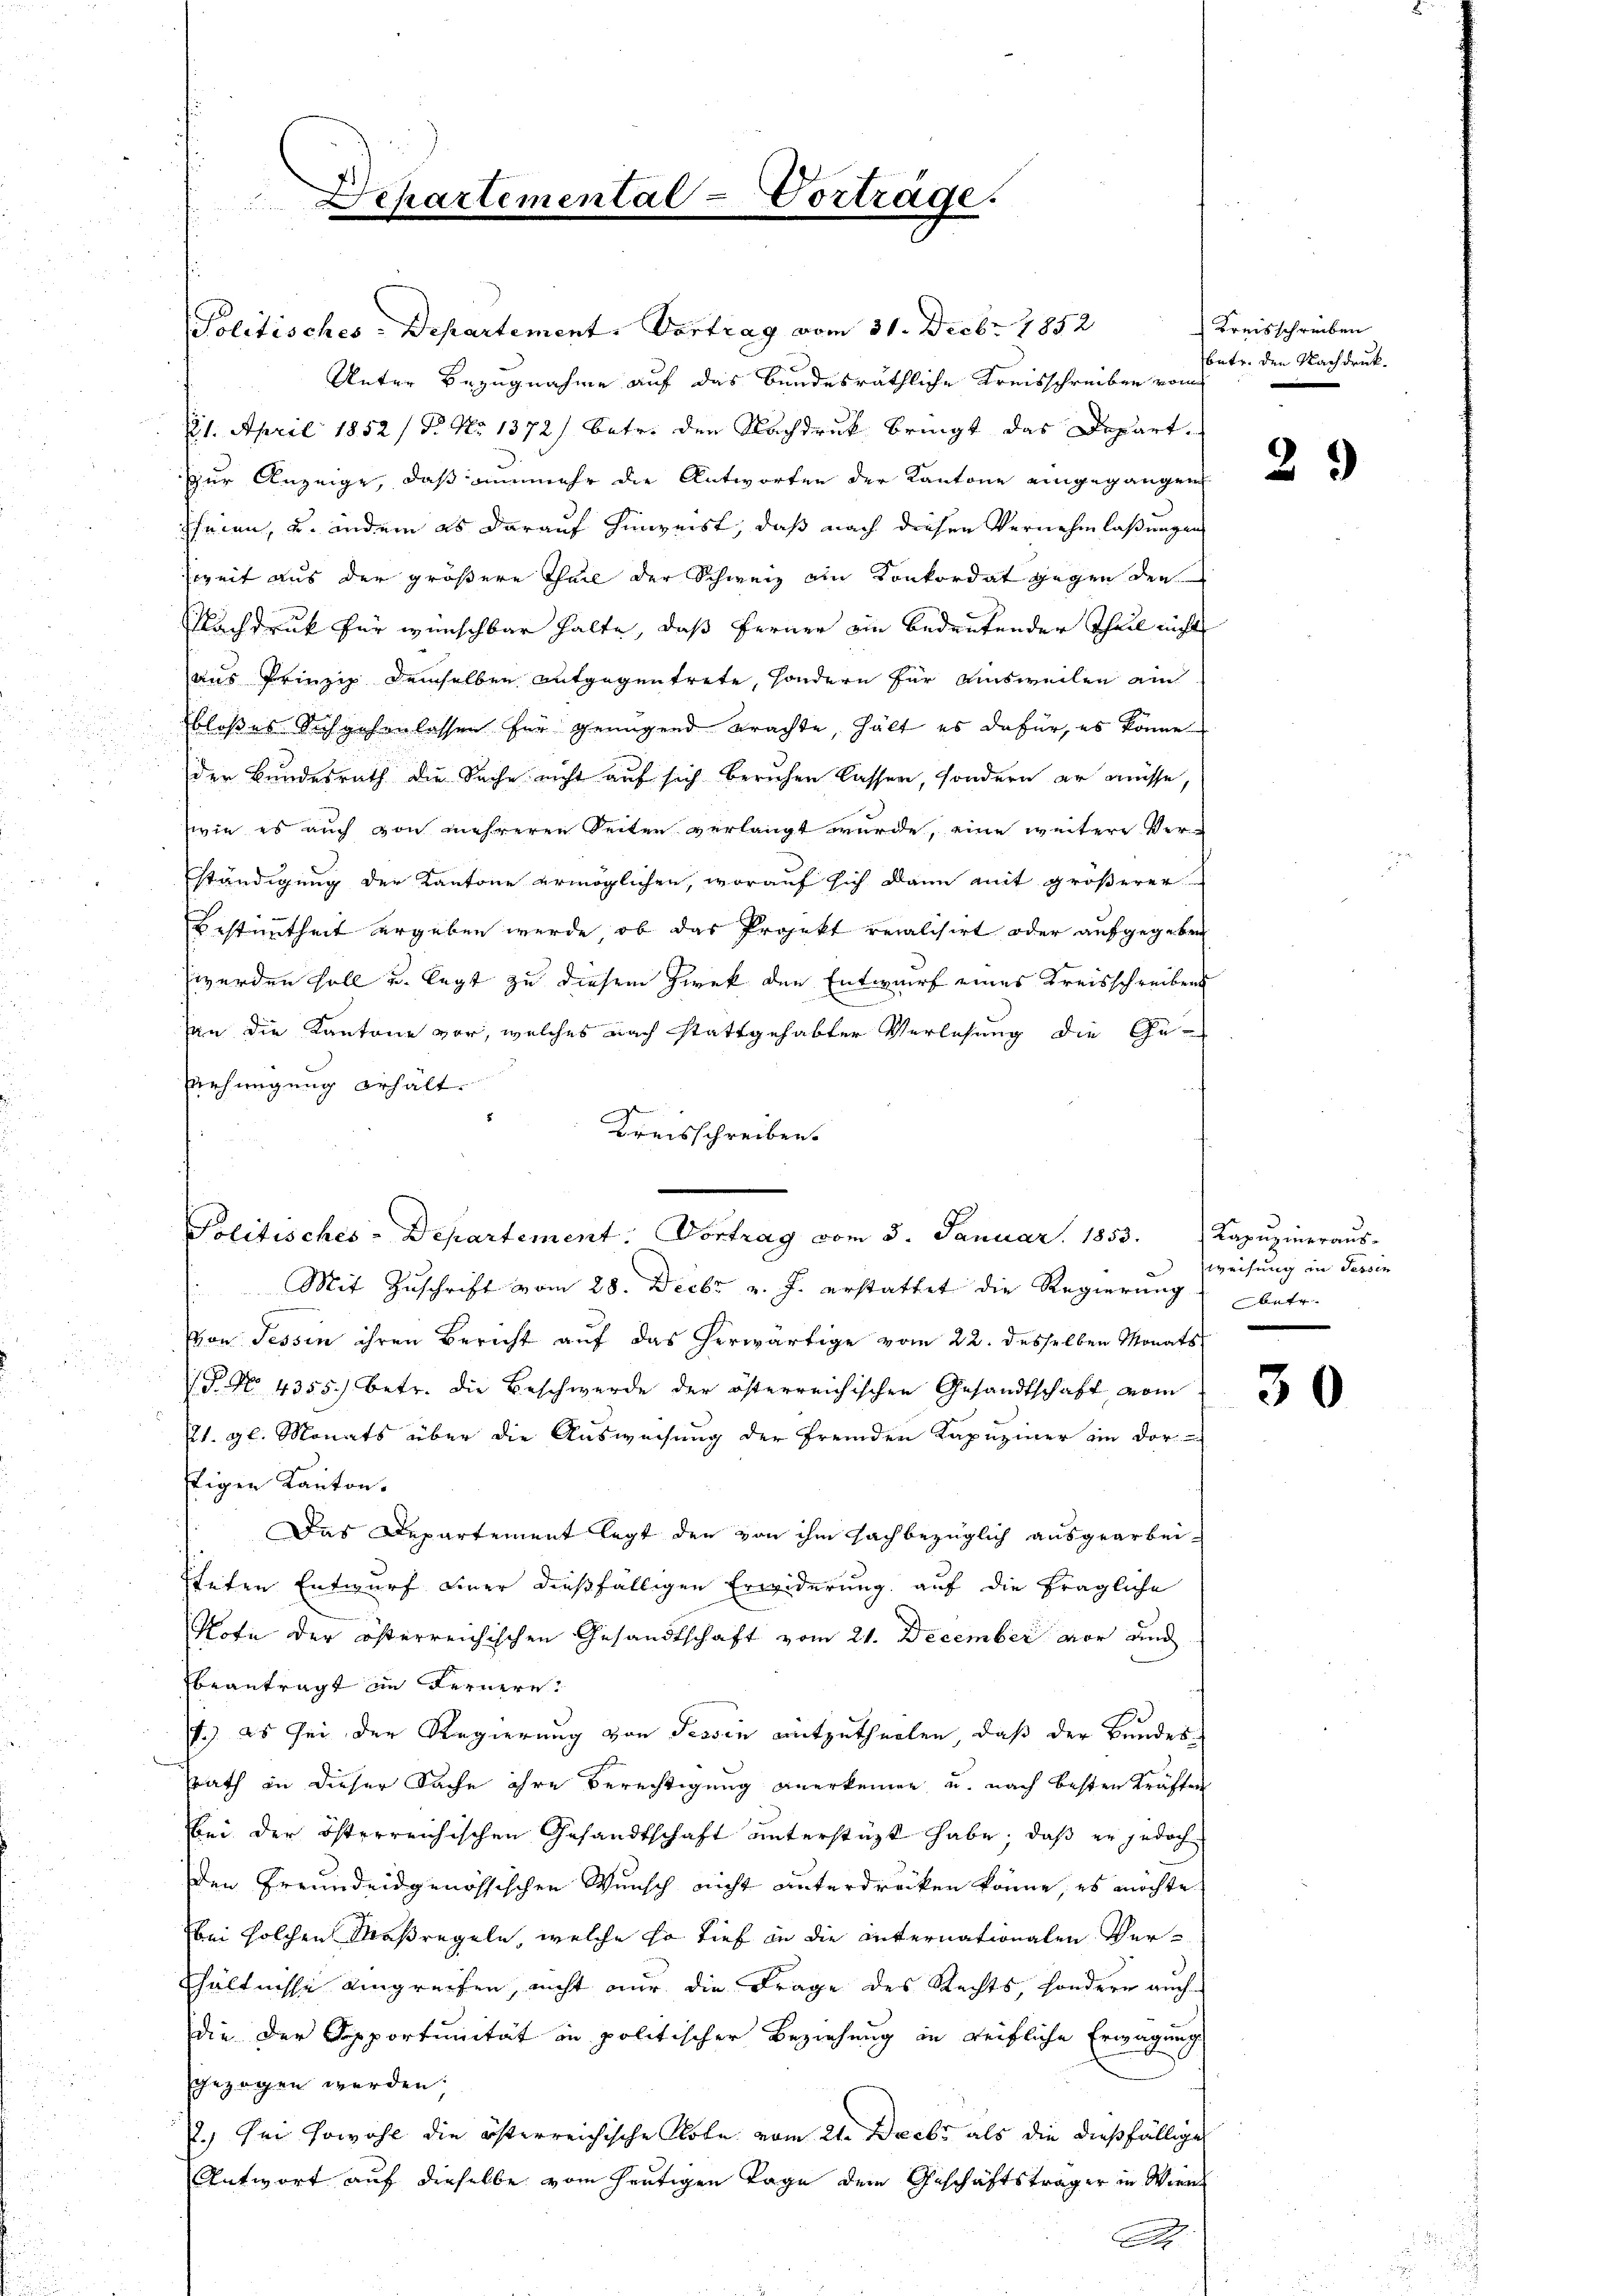
Politisches-Departement. Vortrag vom 31. Decbr. 1852
Unter Bezugnahme auf das bundesräthliche Kreisschreiben vom
11. April 1852 / B. No 1372) betr. den Nachdruck bringt das Depart.
zur Anzeige, daß nunmehr die Antworten der Kantone eingegangen
sfeien, u. indem es darauf hinweist, daß nach diesen Vernehmlaßungen
zweit aus der größere Theil der Schweiz ein Konkordat gegen den
NNachdruck für wünschbar halte, daß ferner ein bedeutender Theil nicht
aus Prinzip demselben entgegentrete, sondern für Ausweilen ain
bloßes Sichgehenlassen für genügend brachte, hält es dafür, es könne
der Bundesrath die Sache nicht auf sich beruhen lassen, sondern er müsse,
wie es auch von mehreren Seiten verlangt wurde, eine weitere Verständigung der Kantone ermöglichen, worauf sich dann mit größerer
Bestimmtheit ergeben wurde, ob das Projekt veralisirt oder aufgegeben
werden soll u. legt zu diesem Zwek den Entwurf eines Kreisschreibens
son die Kantone vor, welches nach stattgehabter Verlesung die Ge¬
Mehmigung erhält.
Kreisschreiben.
Politisches-Departement: Vortrag vom 3. Januar 1853.  Kapŭzineraŭs-
Mit Zuschrift vom 28. Decbr v. J. erstattet die Regierung betr.
Von Tessin ihren Bericht auf das herwärtige vom 22. desselben Monats
(P. No. 4355) betr. die Beschwerde der österreichischen Gesandtschaft vom
P1. gl. Monats über die Ausweisung der fremden Kapuziner ein der
ftigen Kanton.
Das Departement legt den von ihm sachbezüglich ausgearbeisteten Entwurf einer dießfälligen Erwiderung auf die fragliche
Note der österreichischen Gesandtschaft vom 21. December vor und
beantragt in Fernere
1.) Es sei der Regierung von Tessin mitzutheilen, daß der Bundessrath in dieser Sache ihre Berechtigung anerkennen u. nach besten Kräften
bei der österreichischen Gesandtschaft unterstüzt habe, daß er jedoch
den Freundeidgenössischen Wunsch nicht unterdrücken könne, es möchte
bei solchen Maßregeln, welche so tief in die Internationalen Ver-
Ehältnisse eingreifen, nicht nur die Frage des Rechts, sondern auch
die der Sepportunität in politischer Beziehung in reifliche Erwägung
gezogen werden:
2.) Im sowohl die österreichische Note vom 21. Decbr als die dießfällige
Antwort auf dieselbe vom heutigen Tage dem Geschäftsträger in Wien
A

Departemental-Vortrage.

Kreisschreiben
betr. den Nachdruk¬

29

Weisung in dessen

30